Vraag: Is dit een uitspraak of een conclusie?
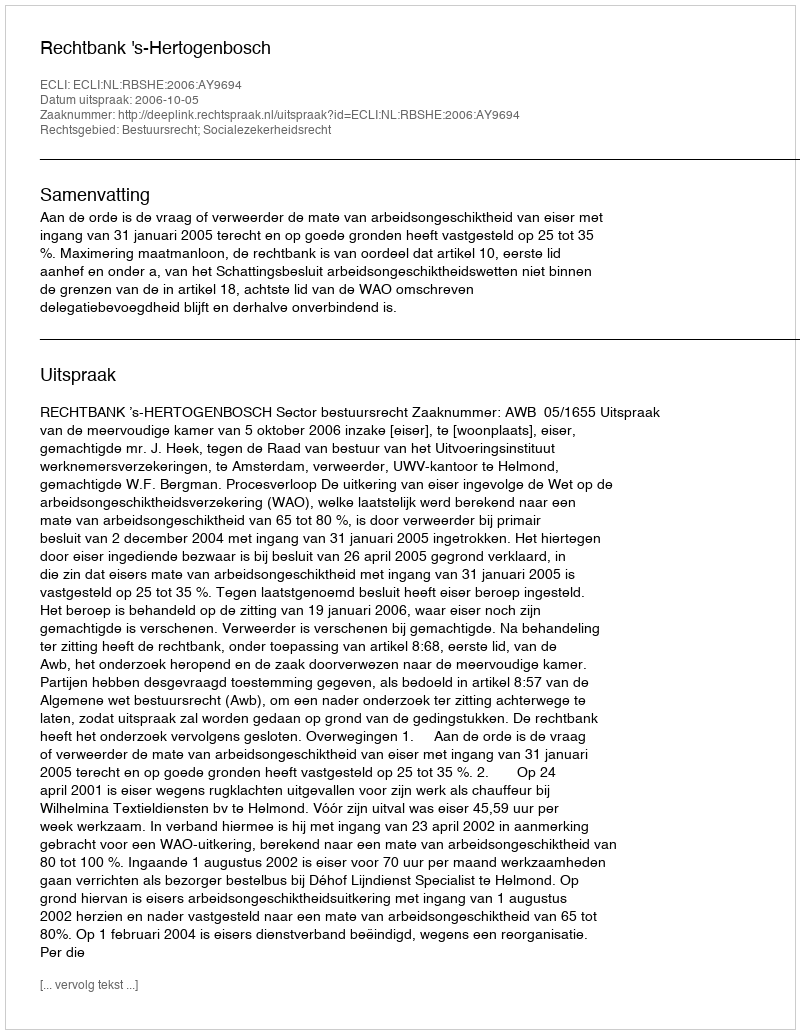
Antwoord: Uitspraak